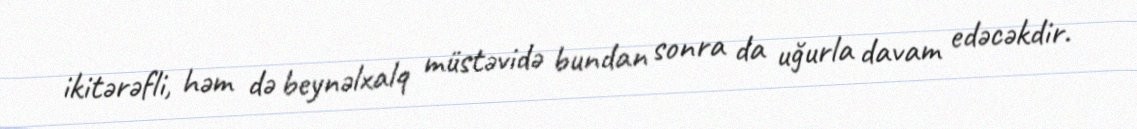
ikitərəfli, həm də beynəlxalq müstəvidə bundan sonra da uğurla davam edəcəkdir.